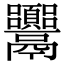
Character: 𩱴